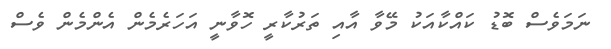
ނަމަވެސް ބޮޑު ކައްކާއަކު މޭވާ އާއި ތަރުކާރީ ހޮވާނީ އަހަރެމެން އެންމެން ވެސް